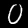
Digit: 0